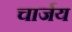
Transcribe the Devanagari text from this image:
चार्जय